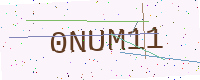
Text: 0NUM11